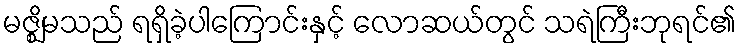
မဇ္ဈိမသည် ရရှိခဲ့ပါကြောင်းနှင့် လောဆယ်တွင် သရဲကြီးဘုရင်၏